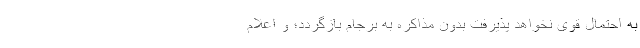
به احتمال قوی نخواهد پذیرفت بدون مذاکره به برجام بازگردد؛ و اعلام